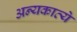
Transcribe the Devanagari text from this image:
अन्यकाव्ये